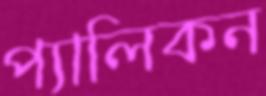
প্যালিকন